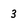
Character: 3